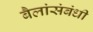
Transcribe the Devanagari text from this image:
बैलांसंबंधी